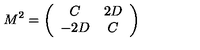
M ^ { 2 } = \left( \begin{array} { c c } { C } & { 2 D } \\ { - 2 D } & { C } \\ \end{array} \right)